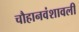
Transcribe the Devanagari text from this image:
चौहानवंशावली